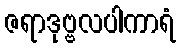
ဇရာဒုဗ္ဗလပါကာရံ